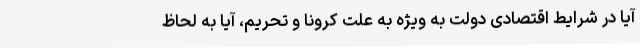
آیا در شرایط اقتصادی دولت به ویژه به علت کرونا و تحریم، آیا به لحاظ